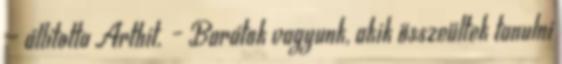
– állította Arthit. – Barátok vagyunk, akik összeültek tanulni